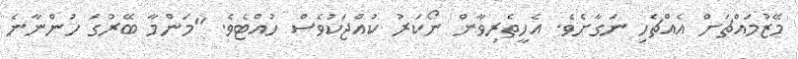
މޭޒުމައްޗަށް އެއްޗެހި ނަގާށެވެ. އެހީތެރިވާން ނޯކަރު ކުއްޖަކުވެސް ހުއްޓެވެ. "މަންމާ ބޭރުގަ ހުންނާނެ